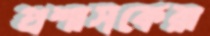
প্রশাসকেরা